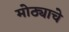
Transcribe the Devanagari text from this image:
मोठ्याचे